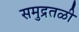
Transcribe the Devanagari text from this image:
समुद्रतळी